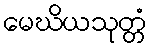
မေဃိယသုတ္တံ